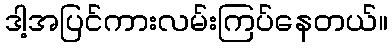
ဒါ့အပြင်ကားလမ်းကြပ်နေတယ်။